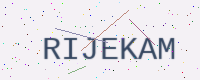
Text: RIJEKAM